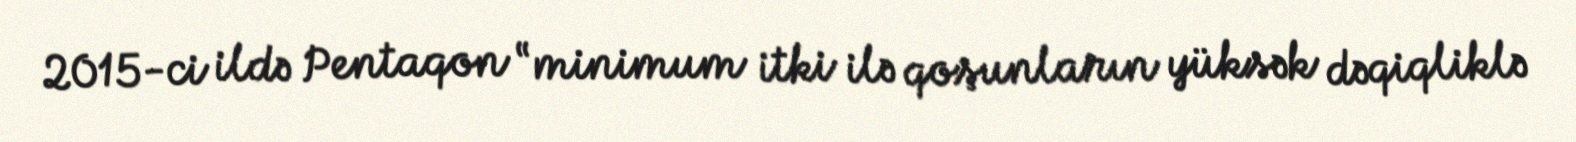
2015-ci ildə Pentaqon “minimum itki ilə qoşunların yüksək dəqiqliklə